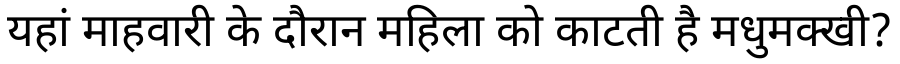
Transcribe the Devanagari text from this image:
यहां माहवारी के दौरान महिला को काटती है मधुमक्खी?